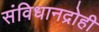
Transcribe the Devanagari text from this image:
संविधानद्रोही